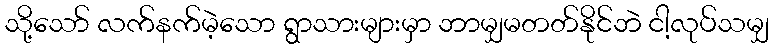
သို့သော် လက်နက်မဲ့သော ရွာသားများမှာ ဘာမျှမတတ်နိုင်ဘဲ ငါ့လုပ်သမျှ